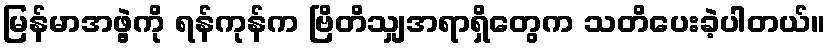
မြန်မာအဖွဲ့ကို ရန်ကုန်က ဗြိတိသျှအရာရှိတွေက သတိပေးခဲ့ပါတယ်။